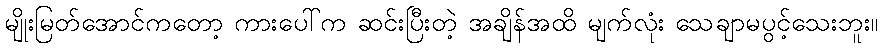
မျိုးမြတ်အောင်ကတော့ ကားပေါ်က ဆင်းပြီးတဲ့ အချိန်အထိ မျက်လုံး သေချာမပွင့်သေးဘူး။